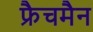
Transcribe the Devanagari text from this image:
फ्रैचमैन